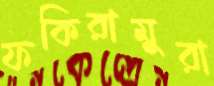
ফকিরামুরা